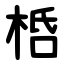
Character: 桰